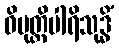
ဝိမုတ္တိပါရိသုဒ္ဓိံ